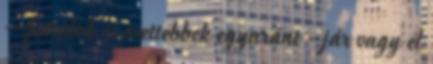
– fiatalok és érettebbek egyaránt - jár vagy él